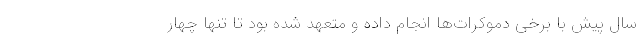
سال پیش با برخی دموکرات‌ها انجام داده و متعهد شده بود تا تنها چهار